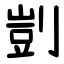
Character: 剴